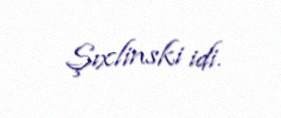
Şıxlinski idi.